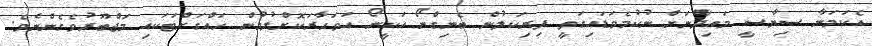
އެކަމަނާ ސިޔާސީ މައިދާނަށް ނުކުމެވަޑައިގަތީ ފިރިކަލުން ބެނިގްނޯ އަކީނޯ އަވަހާރަކޮށްލުމުން ހައްގަށްޓަކައި މަޖްބޫރުވެގެންނެވެ.